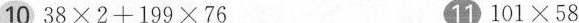
10 $$3 8 \times 2 + 1 9 9 \times 7 6$$ 11 $$1 0 1 \times 5 8$$